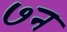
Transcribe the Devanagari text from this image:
७न